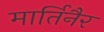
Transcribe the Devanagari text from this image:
मार्तिनैर